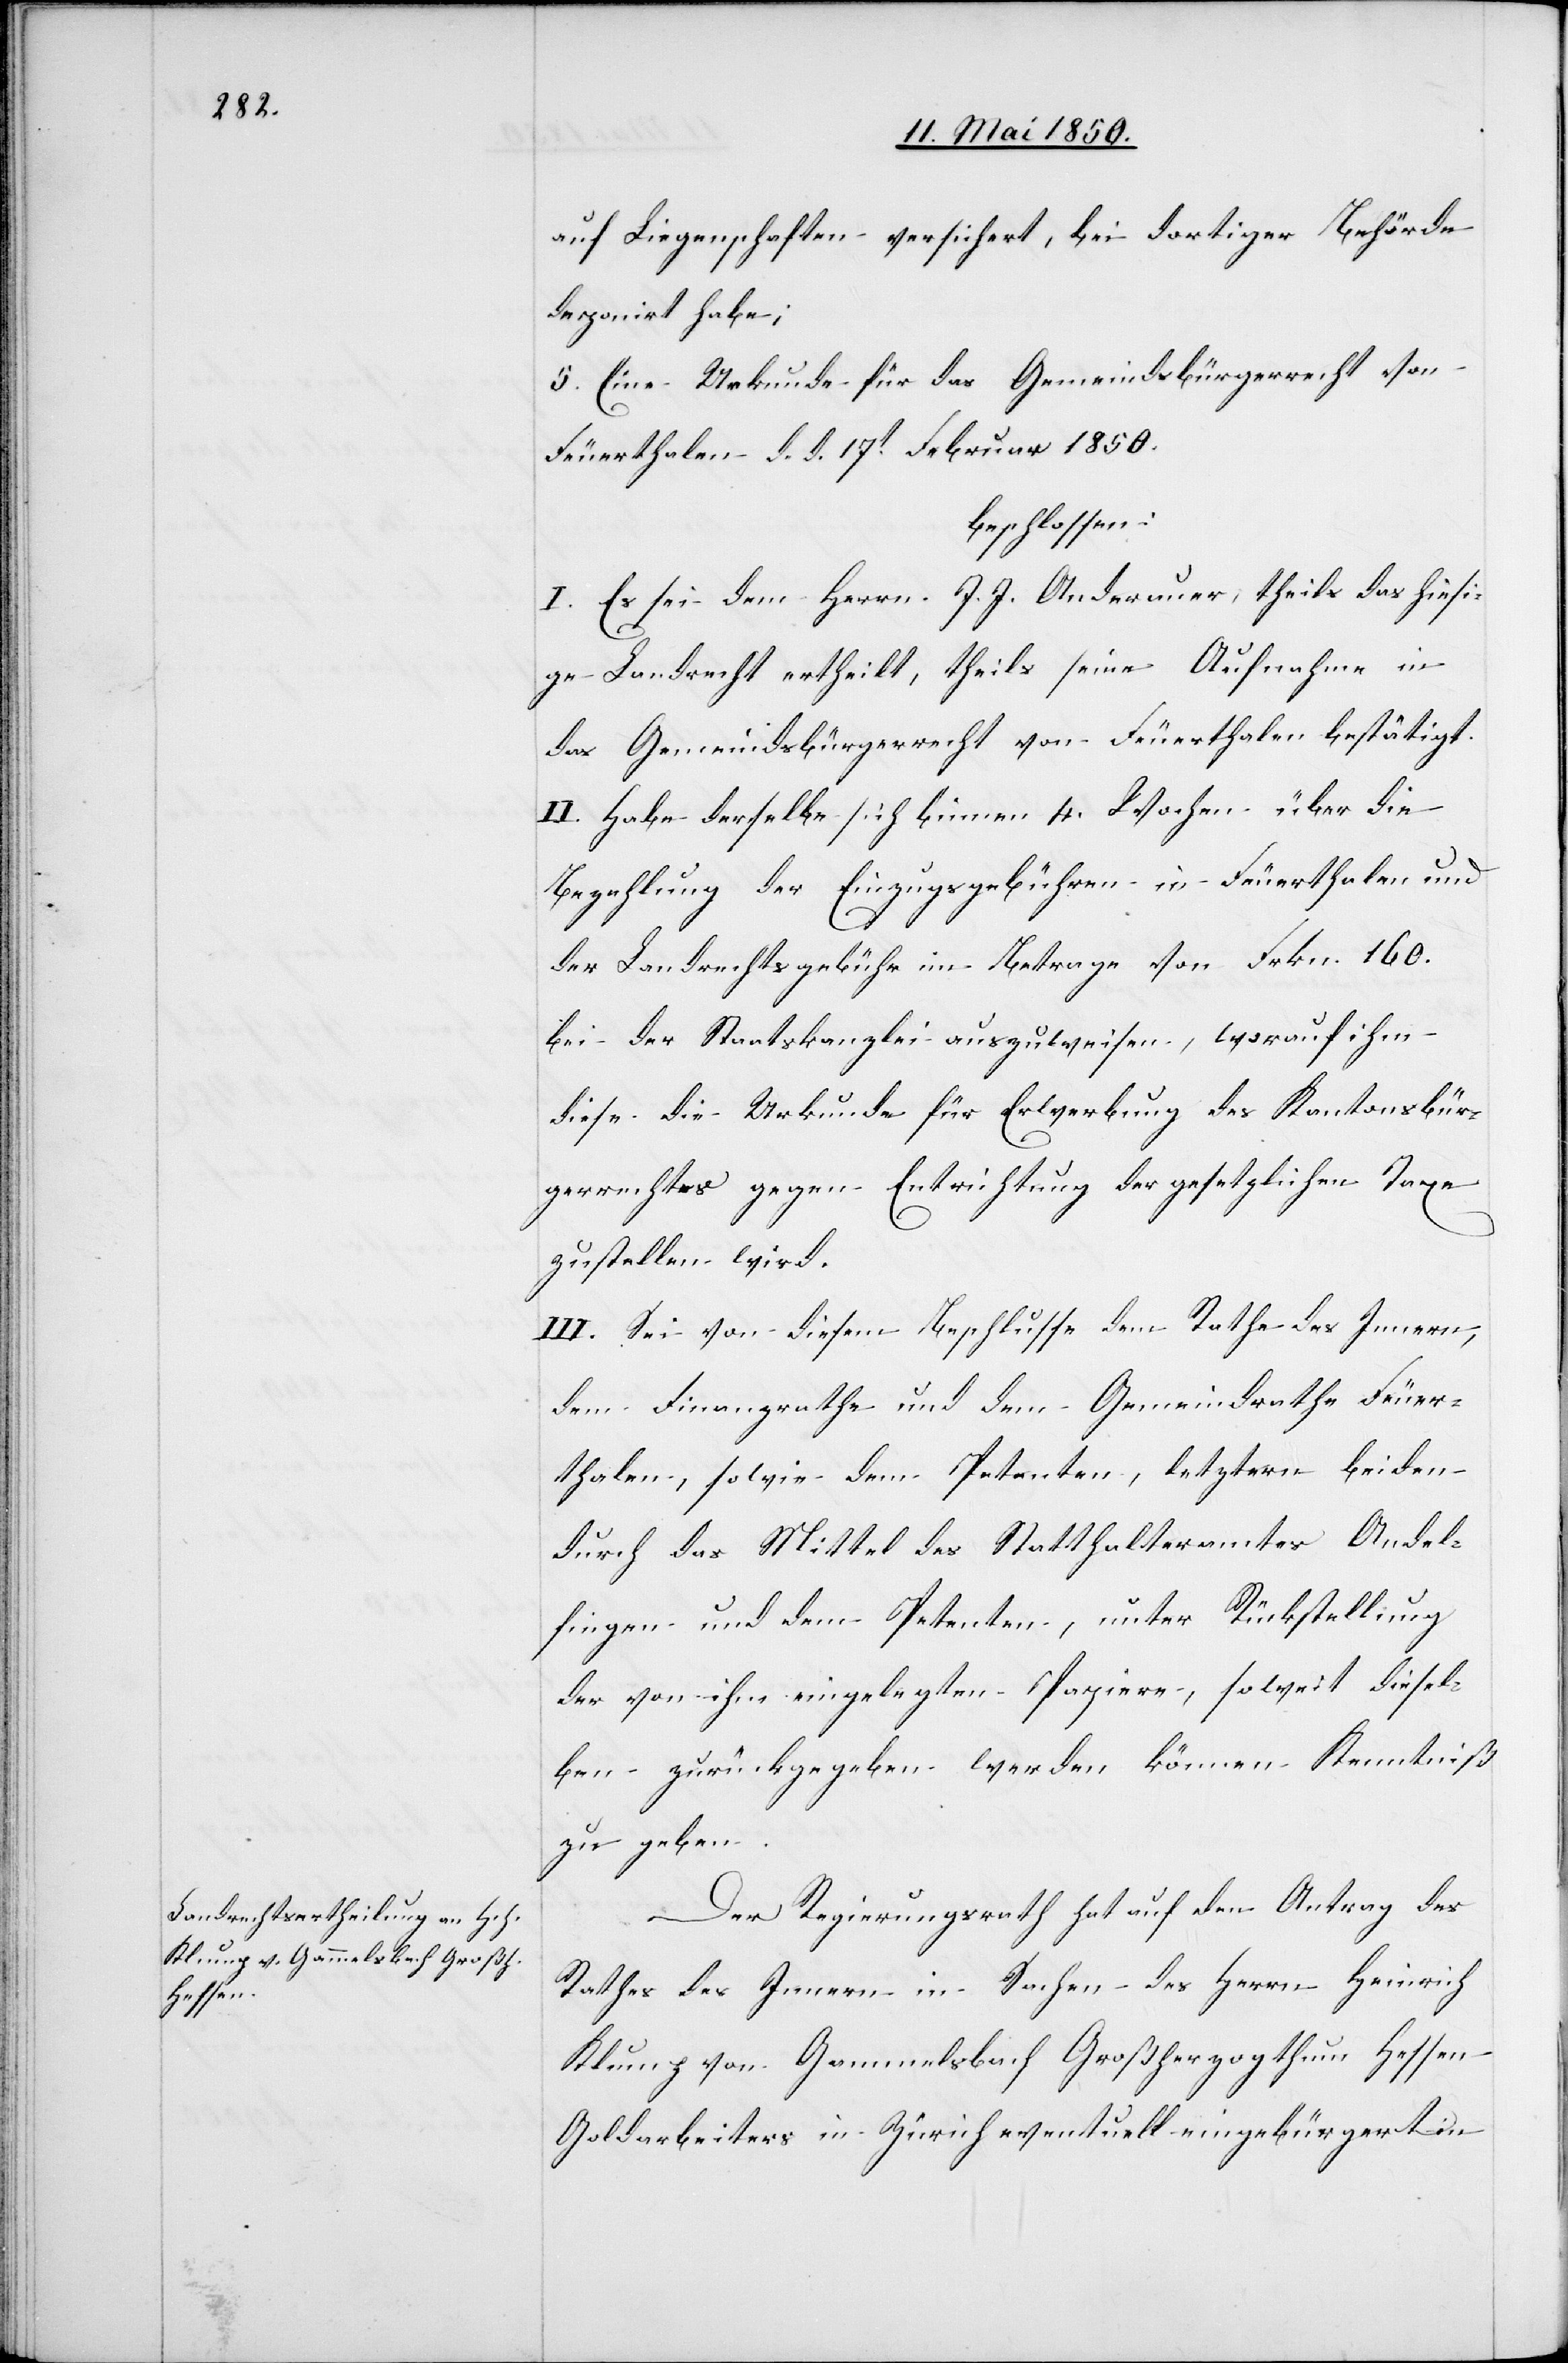
auf Liegenschaften versichert, bei dortiger Behörde
deponirt habe;
5. Eine Urkunde für das Gemeindsbürgerrecht von
Feuerthalen d. d. 17t Februar 1850.
beschlossen:
I. Es sei dem Herrn J. J. Anderauer, theils das hiesi¬
ge Landrecht ertheilt, theils seine Aufnahme in
das Gemeindsbürgerrecht von Feuerthalen bestätigt.
II. Habe derselbe sich binnen 4. Wochen über die
Bezahlung der Einzugsgebühren in Feuerthalen und
der Landrechtsgebühr im Betrage von Frkn. 160.
bei der Staatskanzlei auszuweisen, worauf ihm
diese die Urkunde für Erwerbung des Kantonsbür¬
gerrechtes gegen Entrichtung der gesetzlichen Taxe
zustellen wird.
III. Sei von diesem Beschlusse dem Rathe des Innern,
dem Finanzrathe und dem Gemeindrathe Feuer¬
thalen, sowie dem Petenten, letztern beiden
durch das Mittel des Statthalteramtes Andel¬
fingen und dem Petenten, unter Rückstellung
der von ihm eingelegten Papiere, soweit diesel¬
ben zurückgegeben werden können Kenntniß
zu geben.
Der Regierungsrath hat auf den Antrag des
Rathes des Innern in Sachen des Herrn Heinrich
Klump von Gammelsbach Großherzogthum Hessen
Goldarbeiters in Zürich eventuell eingebürgert in